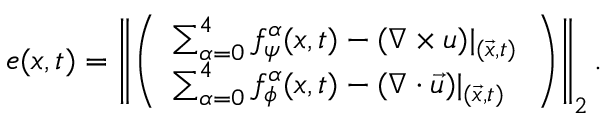
e ( \boldsymbol { x } , t ) = \left\lVert \left( \begin{array} { l } { \sum _ { \alpha = 0 } ^ { 4 } f _ { \psi } ^ { \alpha } ( \boldsymbol { x } , t ) - ( \nabla \times \boldsymbol { u } ) \vert _ { ( \vec { x } , t ) } } \\ { \sum _ { \alpha = 0 } ^ { 4 } f _ { \phi } ^ { \alpha } ( \boldsymbol { x } , t ) - ( \nabla \cdot { \vec { u } } ) \vert _ { ( \vec { x } , t ) } } \end{array} \right) \right\rVert _ { 2 } .